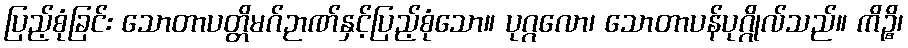
ပြည့်စုံခြင်း သောတာပတ္တိမဂ်ဉာဏ်နှင့်ပြည့်စုံသော။ ပုဂ္ဂလော၊ သောတာပန်ပုဂ္ဂိုလ်သည်။ ကိဉ္စိ၊